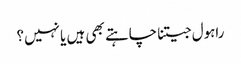
راہول جیتنا چاہتے بھی ہیں یا نہیں؟